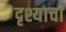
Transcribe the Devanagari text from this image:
दृश्याचा